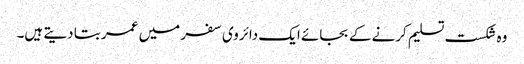
وہ شکست تسلیم کرنے کے بجائے ایک دائروی سفر میں عمر بتا دیتے ہیں۔